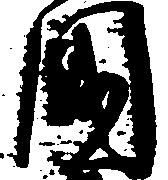
国